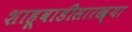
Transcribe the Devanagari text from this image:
शाहूवाडीसारख्या